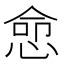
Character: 㥐